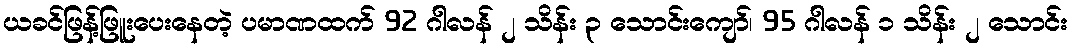
ယခင်ဖြန့်ဖြူးပေးနေတဲ့ ပမာဏထက် 92 ဂါလန် ၂ သိန်း ၃ သောင်းကျော်၊ 95 ဂါလန် ၁ သိန်း ၂ သောင်း